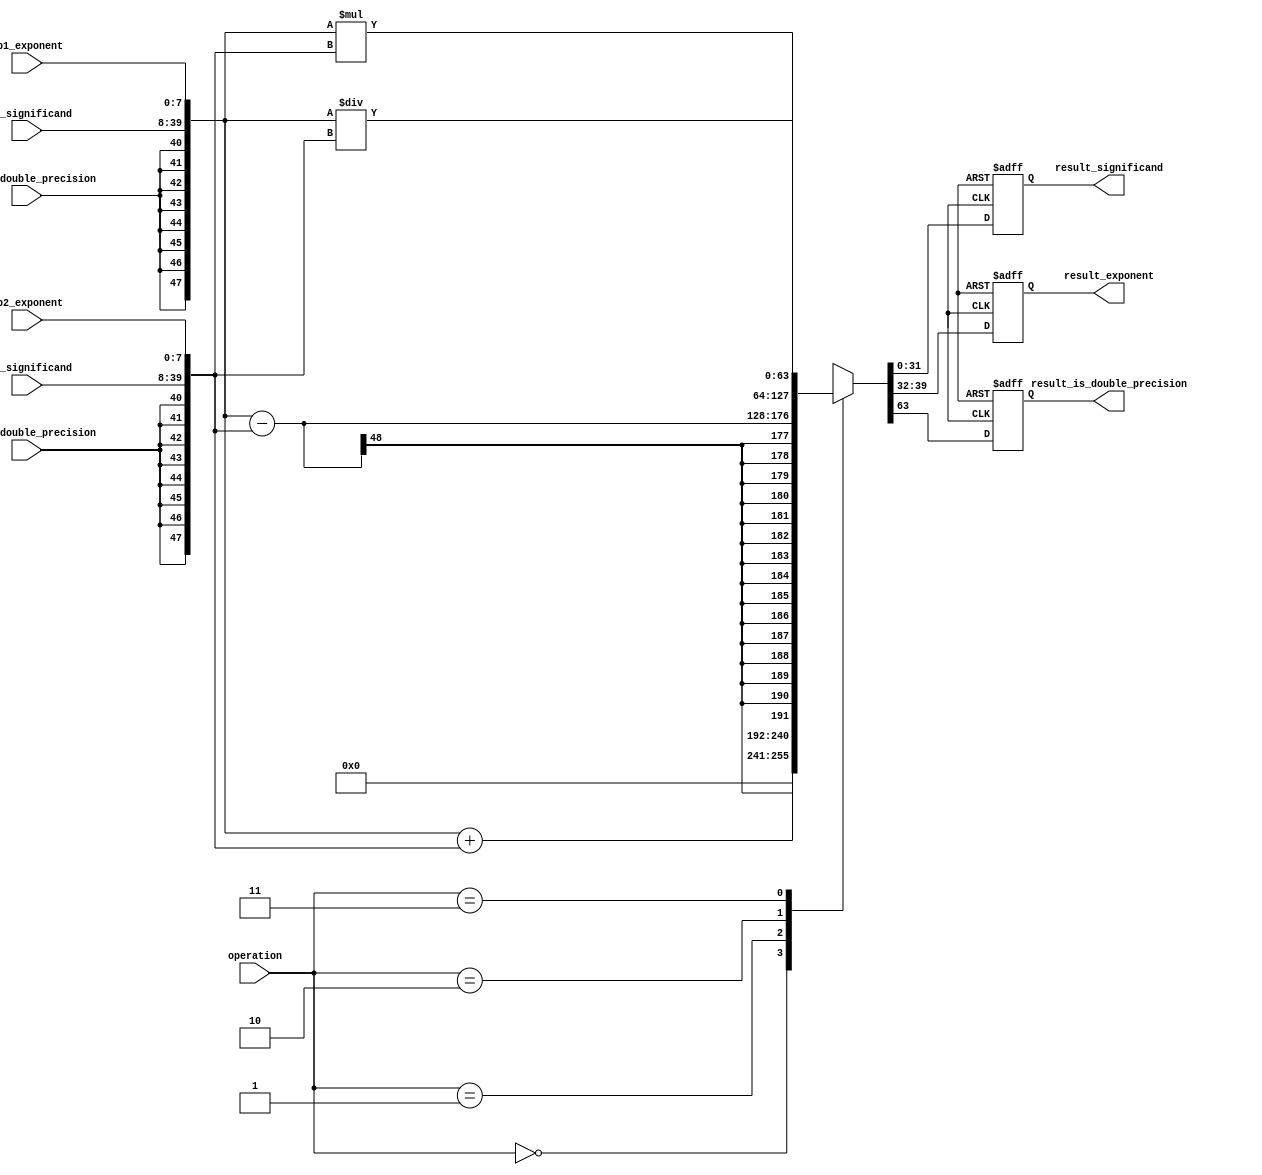
module ArbitraryPrecisionFloatingPointUnit (
    input wire [31:0] op1_significand,
    input wire [7:0] op1_exponent,
    input wire op1_is_double_precision,
    input wire [31:0] op2_significand,
    input wire [7:0] op2_exponent,
    input wire op2_is_double_precision,
    input wire [1:0] operation, // 0: addition, 1: subtraction, 2: multiplication, 3: division
    output reg [31:0] result_significand,
    output reg [7:0] result_exponent,
    output reg result_is_double_precision
);

reg [63:0] op1_extended;
reg [63:0] op2_extended;
reg [63:0] result_extended;

always @(*) begin
    op1_extended = {{8{op1_is_double_precision}}, op1_significand, op1_exponent};
    op2_extended = {{8{op2_is_double_precision}}, op2_significand, op2_exponent};
    
    case(operation)
        0: result_extended = op1_extended + op2_extended; // addition
        1: result_extended = op1_extended - op2_extended; // subtraction
        2: result_extended = op1_extended * op2_extended; // multiplication
        3: result_extended = op1_extended / op2_extended; // division
    endcase
end

always @(posedge clk or negedge rst_n) begin
    if(~rst_n) begin
        result_significand <= 32'h0;
        result_exponent <= 8'b0;
        result_is_double_precision <= 1'b0;
    end else begin
        result_significand <= result_extended[31:0];
        result_exponent <= result_extended[39:32];
        result_is_double_precision <= result_extended[63];
    end
end

endmodule